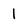
Character: l